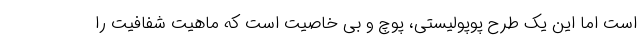
است اما این یک طرح پوپولیستی، پوچ و بی خاصیت است که ماهیت شفافیت را